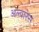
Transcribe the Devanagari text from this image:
अल्वारेस